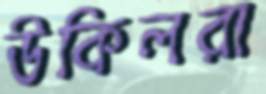
উকিলরা